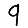
Digit: 9